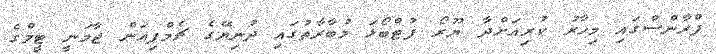
ފްރާންސްގައި މިހާރު ކުރިއަށްދާ ޔޫރޯ ފުޓްބޯޅަ މުބާރާތުގައި ދުނިޔޭގެ ޗެމްޕިއަން ޖާމަނީ ޓީމްގެ